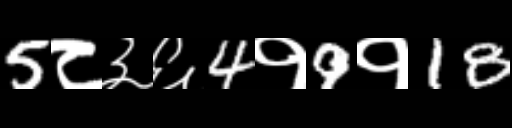
Text: 5८३६4१9१18